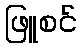
ဖြူစင်